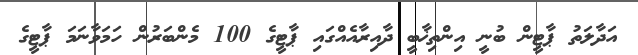
އަދާލަތު ޕާޓީން ބުނީ އިންތިޚާބީ ދާއިރާއެއްގައި ޕާޓީގެ 100 މެންބަރުން ހަމަވާނަމަ ޕާޓީގެ